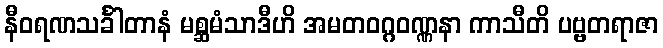
နီဝရဏသင်္ခါတာနံ မစ္ဆမံသာဒီဟိ အမတဝဂ္ဂဝဏ္ဏနာ ကာသီတိ ပဗ္ဗတရာဇာ